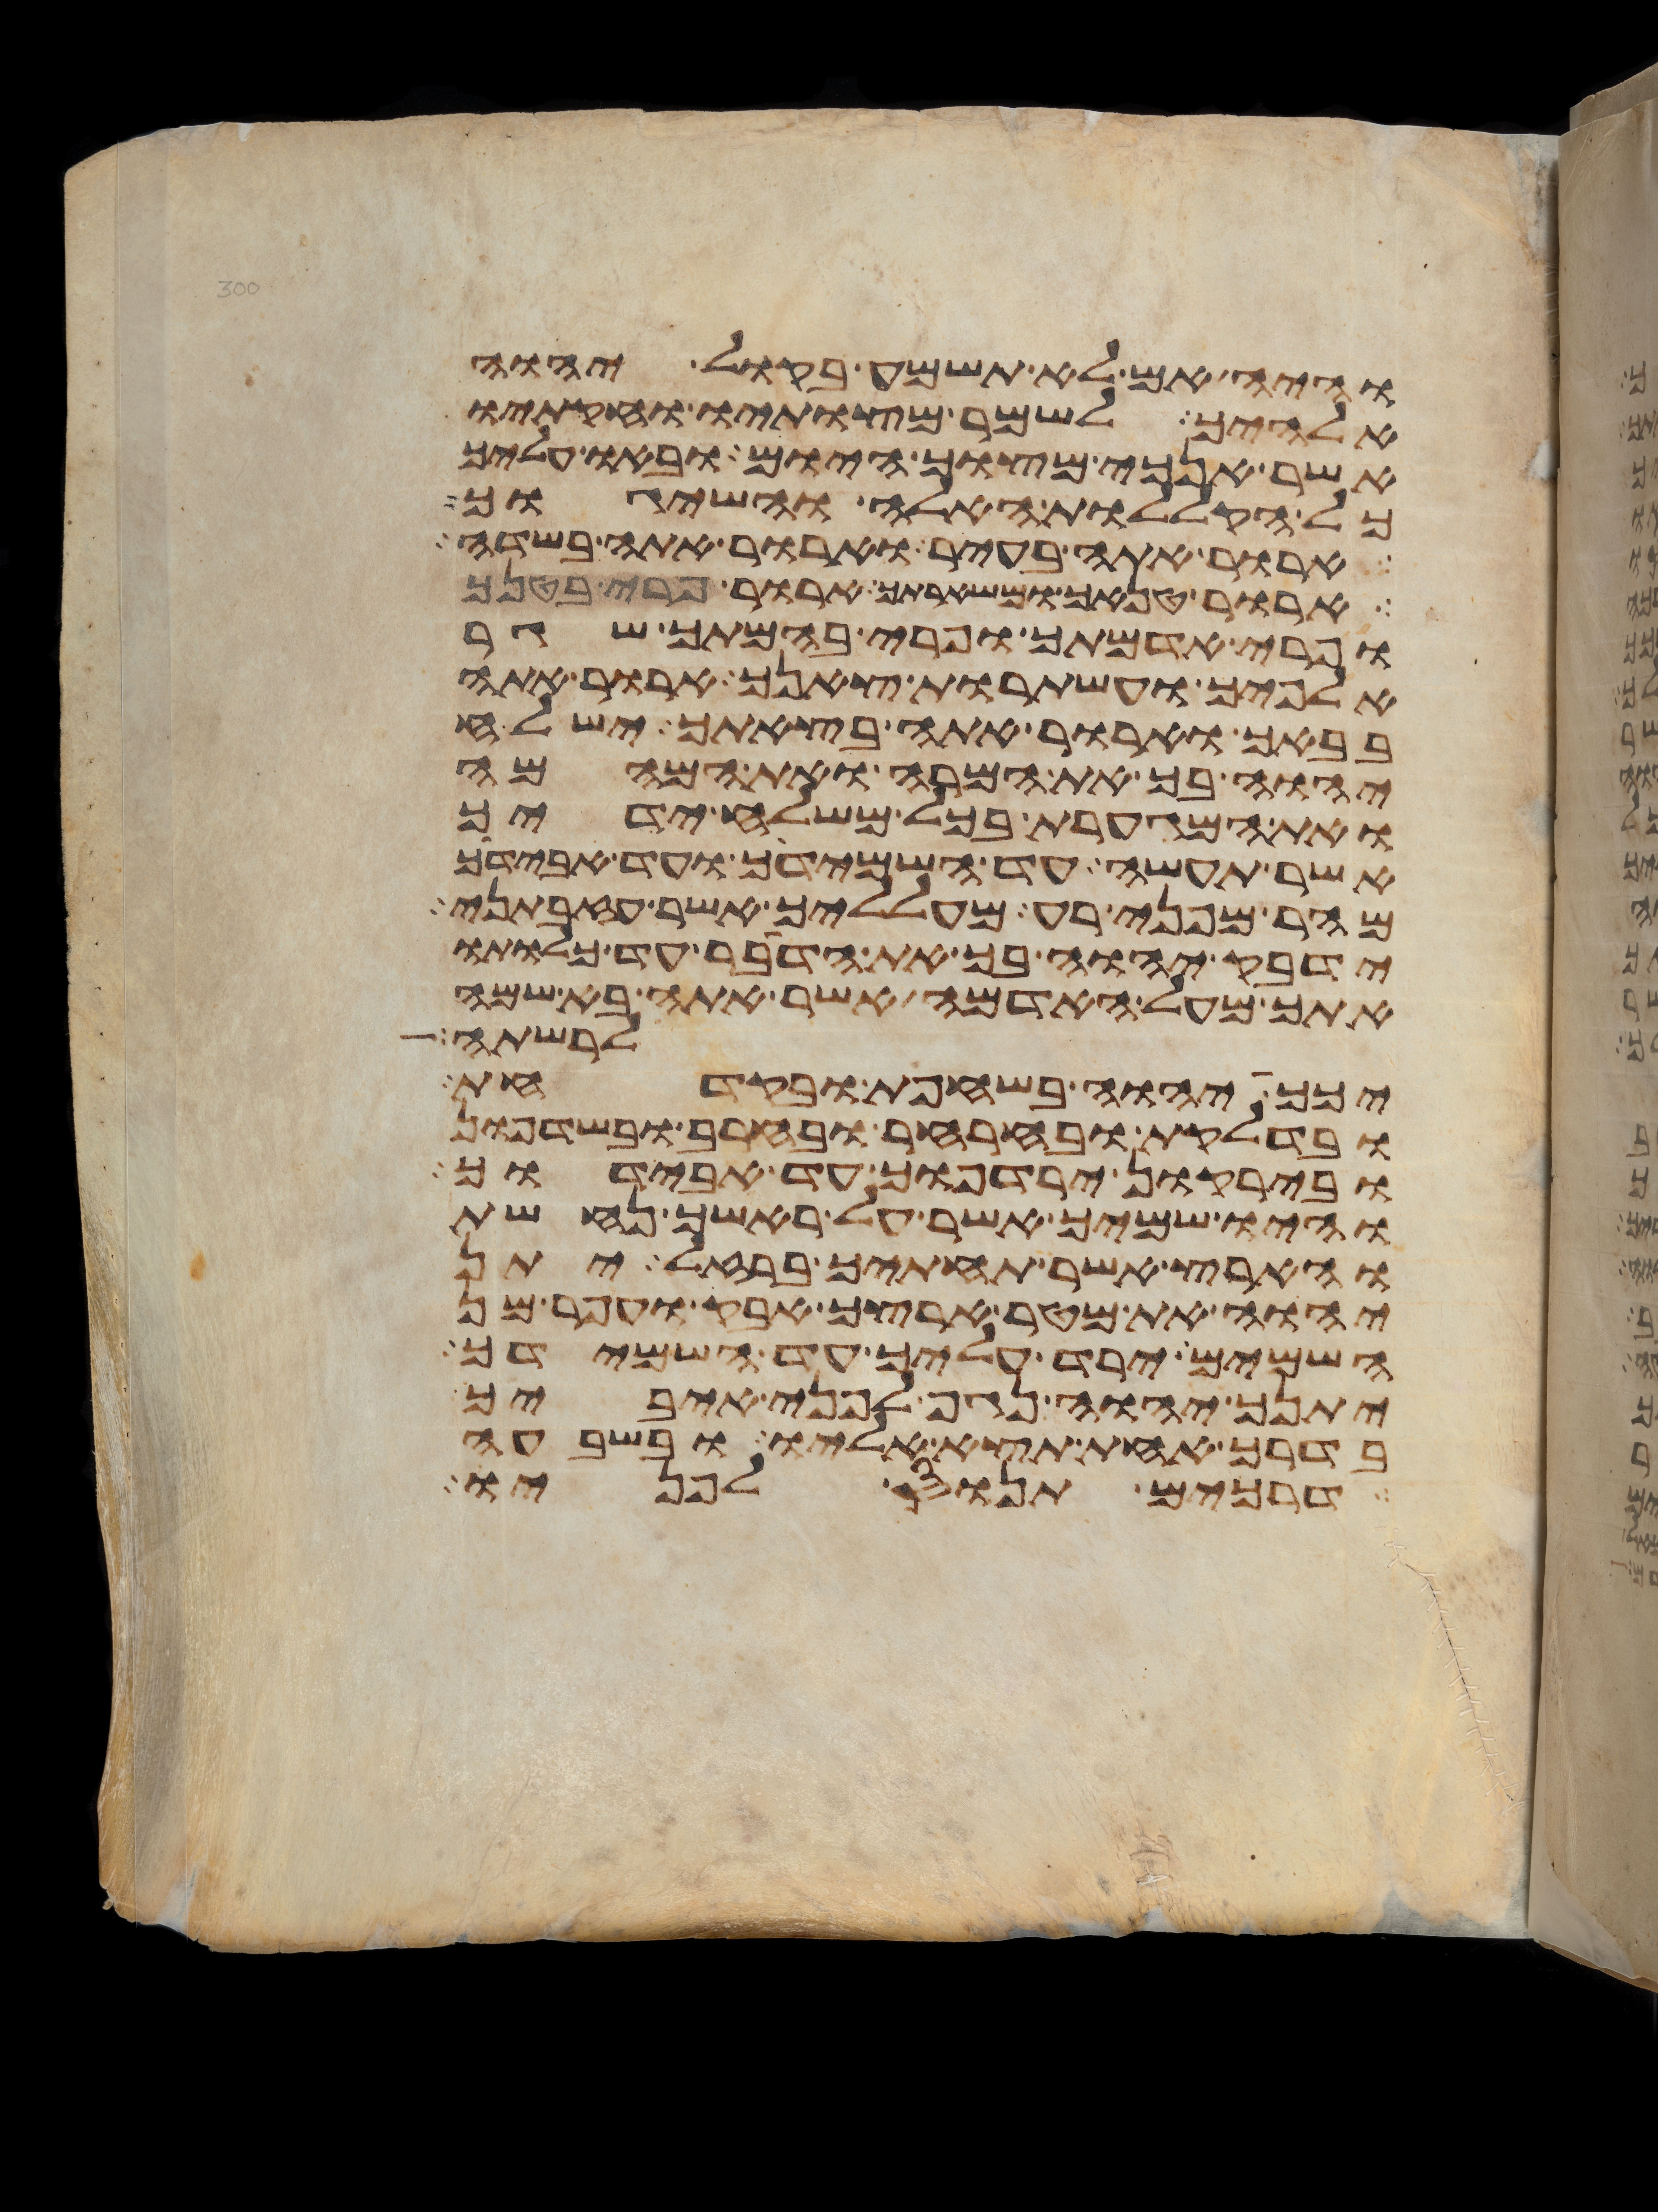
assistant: והיה אם לא תשמע בקול יהוה
אלהיך לשמר מצותיו וחקתיו
אשר אנכי מצוך היום ובאו עליך
כל הקללות האלה והשיגוך
ארור אתה בעיר וארור אתה בשדה
ארור טנאך ומשארתך ארור פרי בטנך
ופרי אדמתך ופרי בהמתך שגר
אלפיך ועשתרות צאנך ארור אתה
בבאך וארור אתה בצאתך ישלח
יהוה בך את המרה ואת המהמה
ואת המגערת בכל משלח ידיך
אשר תעשה עד השמידך ועד אבידך
מהר מפני רע מעלליך אשר עזבתני
ידבק יהוה בך את הדבר עד כלותו
אתך מעל האדמה אשר אתה בא שמה
לרשתה
יכך יהוה בשחפת ובקדחת
ובדלקת ובחרחר ובחרב ובשדפון
ובירקון ירדפוך עד אבידוך
והיו שמיך אשר על ראשך נחשת
והארץ אשר תחתיך ברזל יתן
יהוה את מטר ארצך אבק ועפר מן
השמים ירד עליך עד השמידך
יתנך יהוה נגף לפני איביך
בדרך אחת תצא אליו ובשבעה
דרכים תנוס לפניו